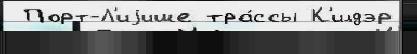
 Порт-Л'иjише тра́ссы К'илдэр